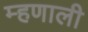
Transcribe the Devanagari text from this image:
म्‍हणाली